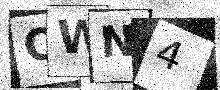
Text: QWN4